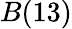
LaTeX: B(13)